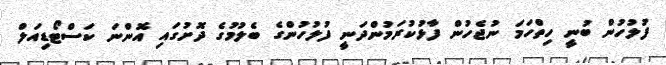
ފުލުހުން ބުނީ ހިތްހަމަ ނުޖެހުން ފާޅުކުރަމުންދަނީ ފުލުހުންގެ ބެލުމުގެ ދޮށުގައި އޮންނަ ކަސްޓޯޑިއަލް